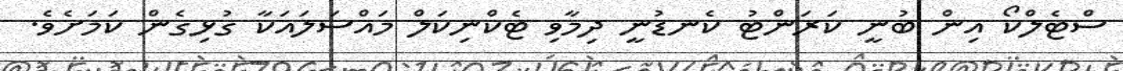
ސްޓެލްކޯ އިން ބުނީ ކަރަންޓު ކެނޑުނީ ދިމާވި ޓެކްނިކަލް މައްސަލައަކާ ގުޅިގެން ކަމަށެވެ.